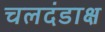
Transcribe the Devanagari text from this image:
चलदंडाक्ष